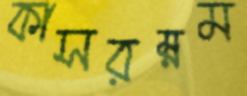
কাসরম্নম